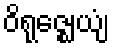
ဝိရုဇ္ဈေယျံ